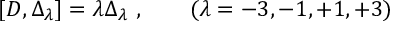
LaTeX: [ D , \Delta _ { \lambda } ] = \lambda \Delta _ { \lambda } \ , \qquad ( \lambda = - 3 , - 1 , + 1 , + 3 )